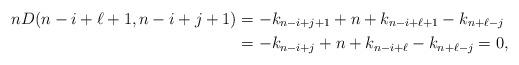
LaTeX: \begin{align*}n D( n-i+\ell+1, n-i+j+1)&= -k_{n-i+j+1}+n+k_{n-i+\ell+1}-k_{n+\ell-j}\\ &=-k_{n-i+j}+n+k_{n-i+\ell}-k_{n+\ell-j}=0,\end{align*}